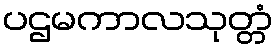
ပဌမကာလသုတ္တံ